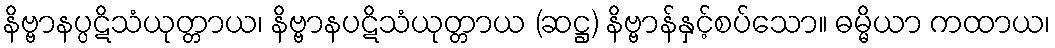
နိဗ္ဗာနပ္ပဋိသံယုတ္တာယ၊ နိဗ္ဗာနပဋိသံယုတ္တာယ (ဆဋ္ဌ) နိဗ္ဗာန်နှင့်စပ်သော။ ဓမ္မိယာ ကထာယ၊